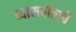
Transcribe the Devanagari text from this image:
व्यासपीठाचे